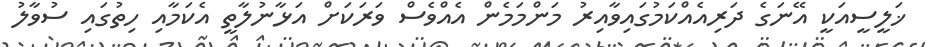
ޚަލީސީއަކީ އޭނަގެ ދަރިއެއްކަމުގައިވާއިރު މަންމަމެން އެއްވެސް ވަރަކަށް އަޅާނުލާތީ އެކަމާއި ހިތުގައި ސުވާލު